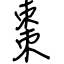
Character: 棗